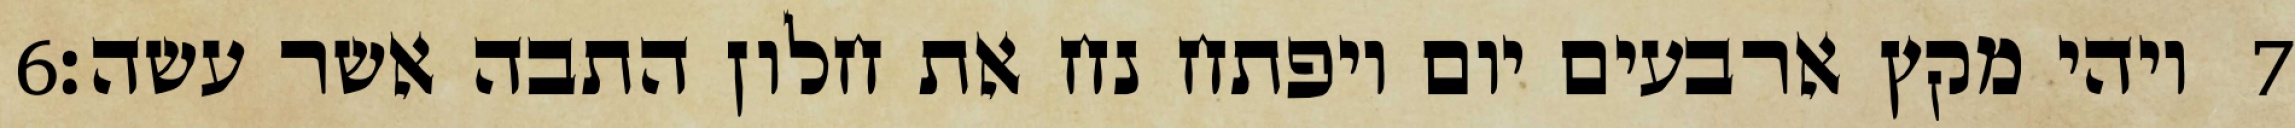
‎6‏ ויהי מקץ ארבעים יום ויפתח נח את חלון התבה אשר עשה׃ ‎7‏